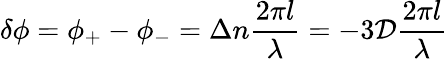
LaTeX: \delta\phi=\phi_{+}-\phi_{-}=\Delta n\frac{2\pi l}{\lambda}=-3\mathcal{D}\frac{2\pi l}{\lambda}